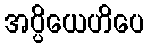
အပ္ပိယေဟိပေ